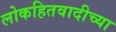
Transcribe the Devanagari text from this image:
लोकहितवादीच्या